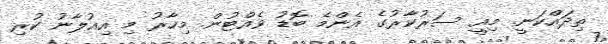
ތިދައްކަނީ. މިއީ ސަރުކާރުގެ އެންމެ ބޮޑު ވެއްޓުން. މިހާރު މި އިއުލާނު ކުރި